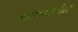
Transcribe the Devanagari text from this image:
महायानसंपरिग्रह